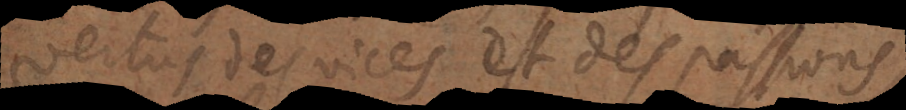
vertus, des vices et des passions,